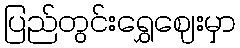
ပြည်တွင်းရွှေဈေးမှာ